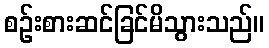
စဉ်းစားဆင်ခြင်မိသွားသည်။